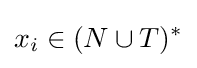
x_{i}\in (N\cup T)^{*}